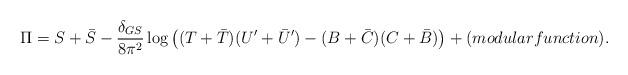
LaTeX: \begin{align*}{\Pi} = S + {\bar S} -\frac{\delta_{GS}}{8 \pi^2} \log \left((T + {\bar T})(U^{\prime}+{\bar U}^{\prime})-(B+{\bar C})(C+{\bar B})\right) +(modular function).\end{align*}